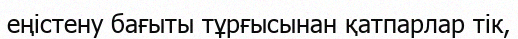
еңістену бағыты тұрғысынан қатпарлар тік,